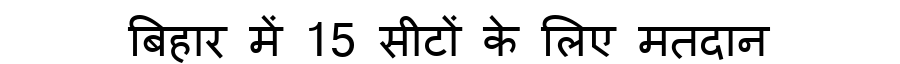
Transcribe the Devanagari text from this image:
बिहार में 15 सीटों के लिए मतदान